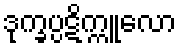
ဒုက္ခပ္ပဋိက္ကူလော